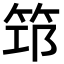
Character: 筇